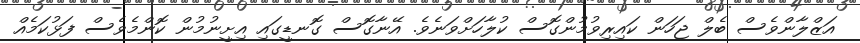
އަޒްލާންވެސް ބެލް ޖަހަން ކައިރިވުމުންގޮސް ކުލާހަށްވަނެވެ. އޭނާގޮސް ގޮނޑީގައި އިށީނުމުން ކޮންމެވެސް ފަޅުކަމެއް